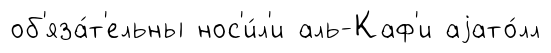
об'яза́т'ельны нос'и́л'и аль-Каф'и аjато́лл